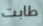
طابت